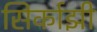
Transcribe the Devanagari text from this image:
सिर्काझी